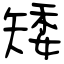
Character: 矮